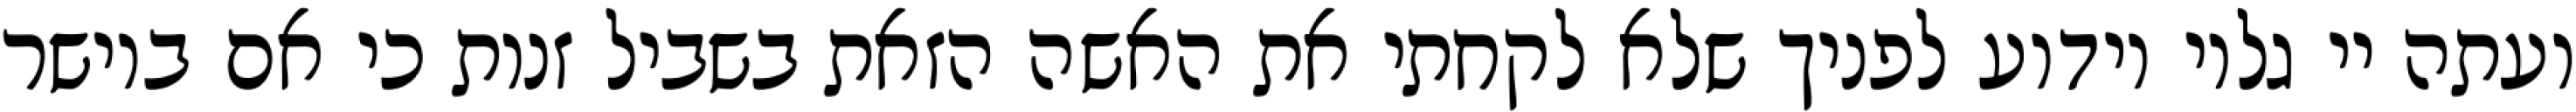
ועתה יי גלוי וידוע לפניך שלא לקחתי את האשה הזאת בשביל זנות כי אם ביושר